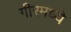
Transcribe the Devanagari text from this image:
गीरमध्ये